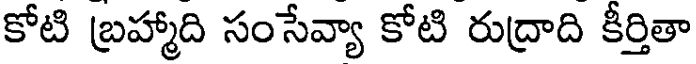
కోటి బ్రహ్మాది సంసేవ్యా కోటి రుద్రాది కీర్తితా